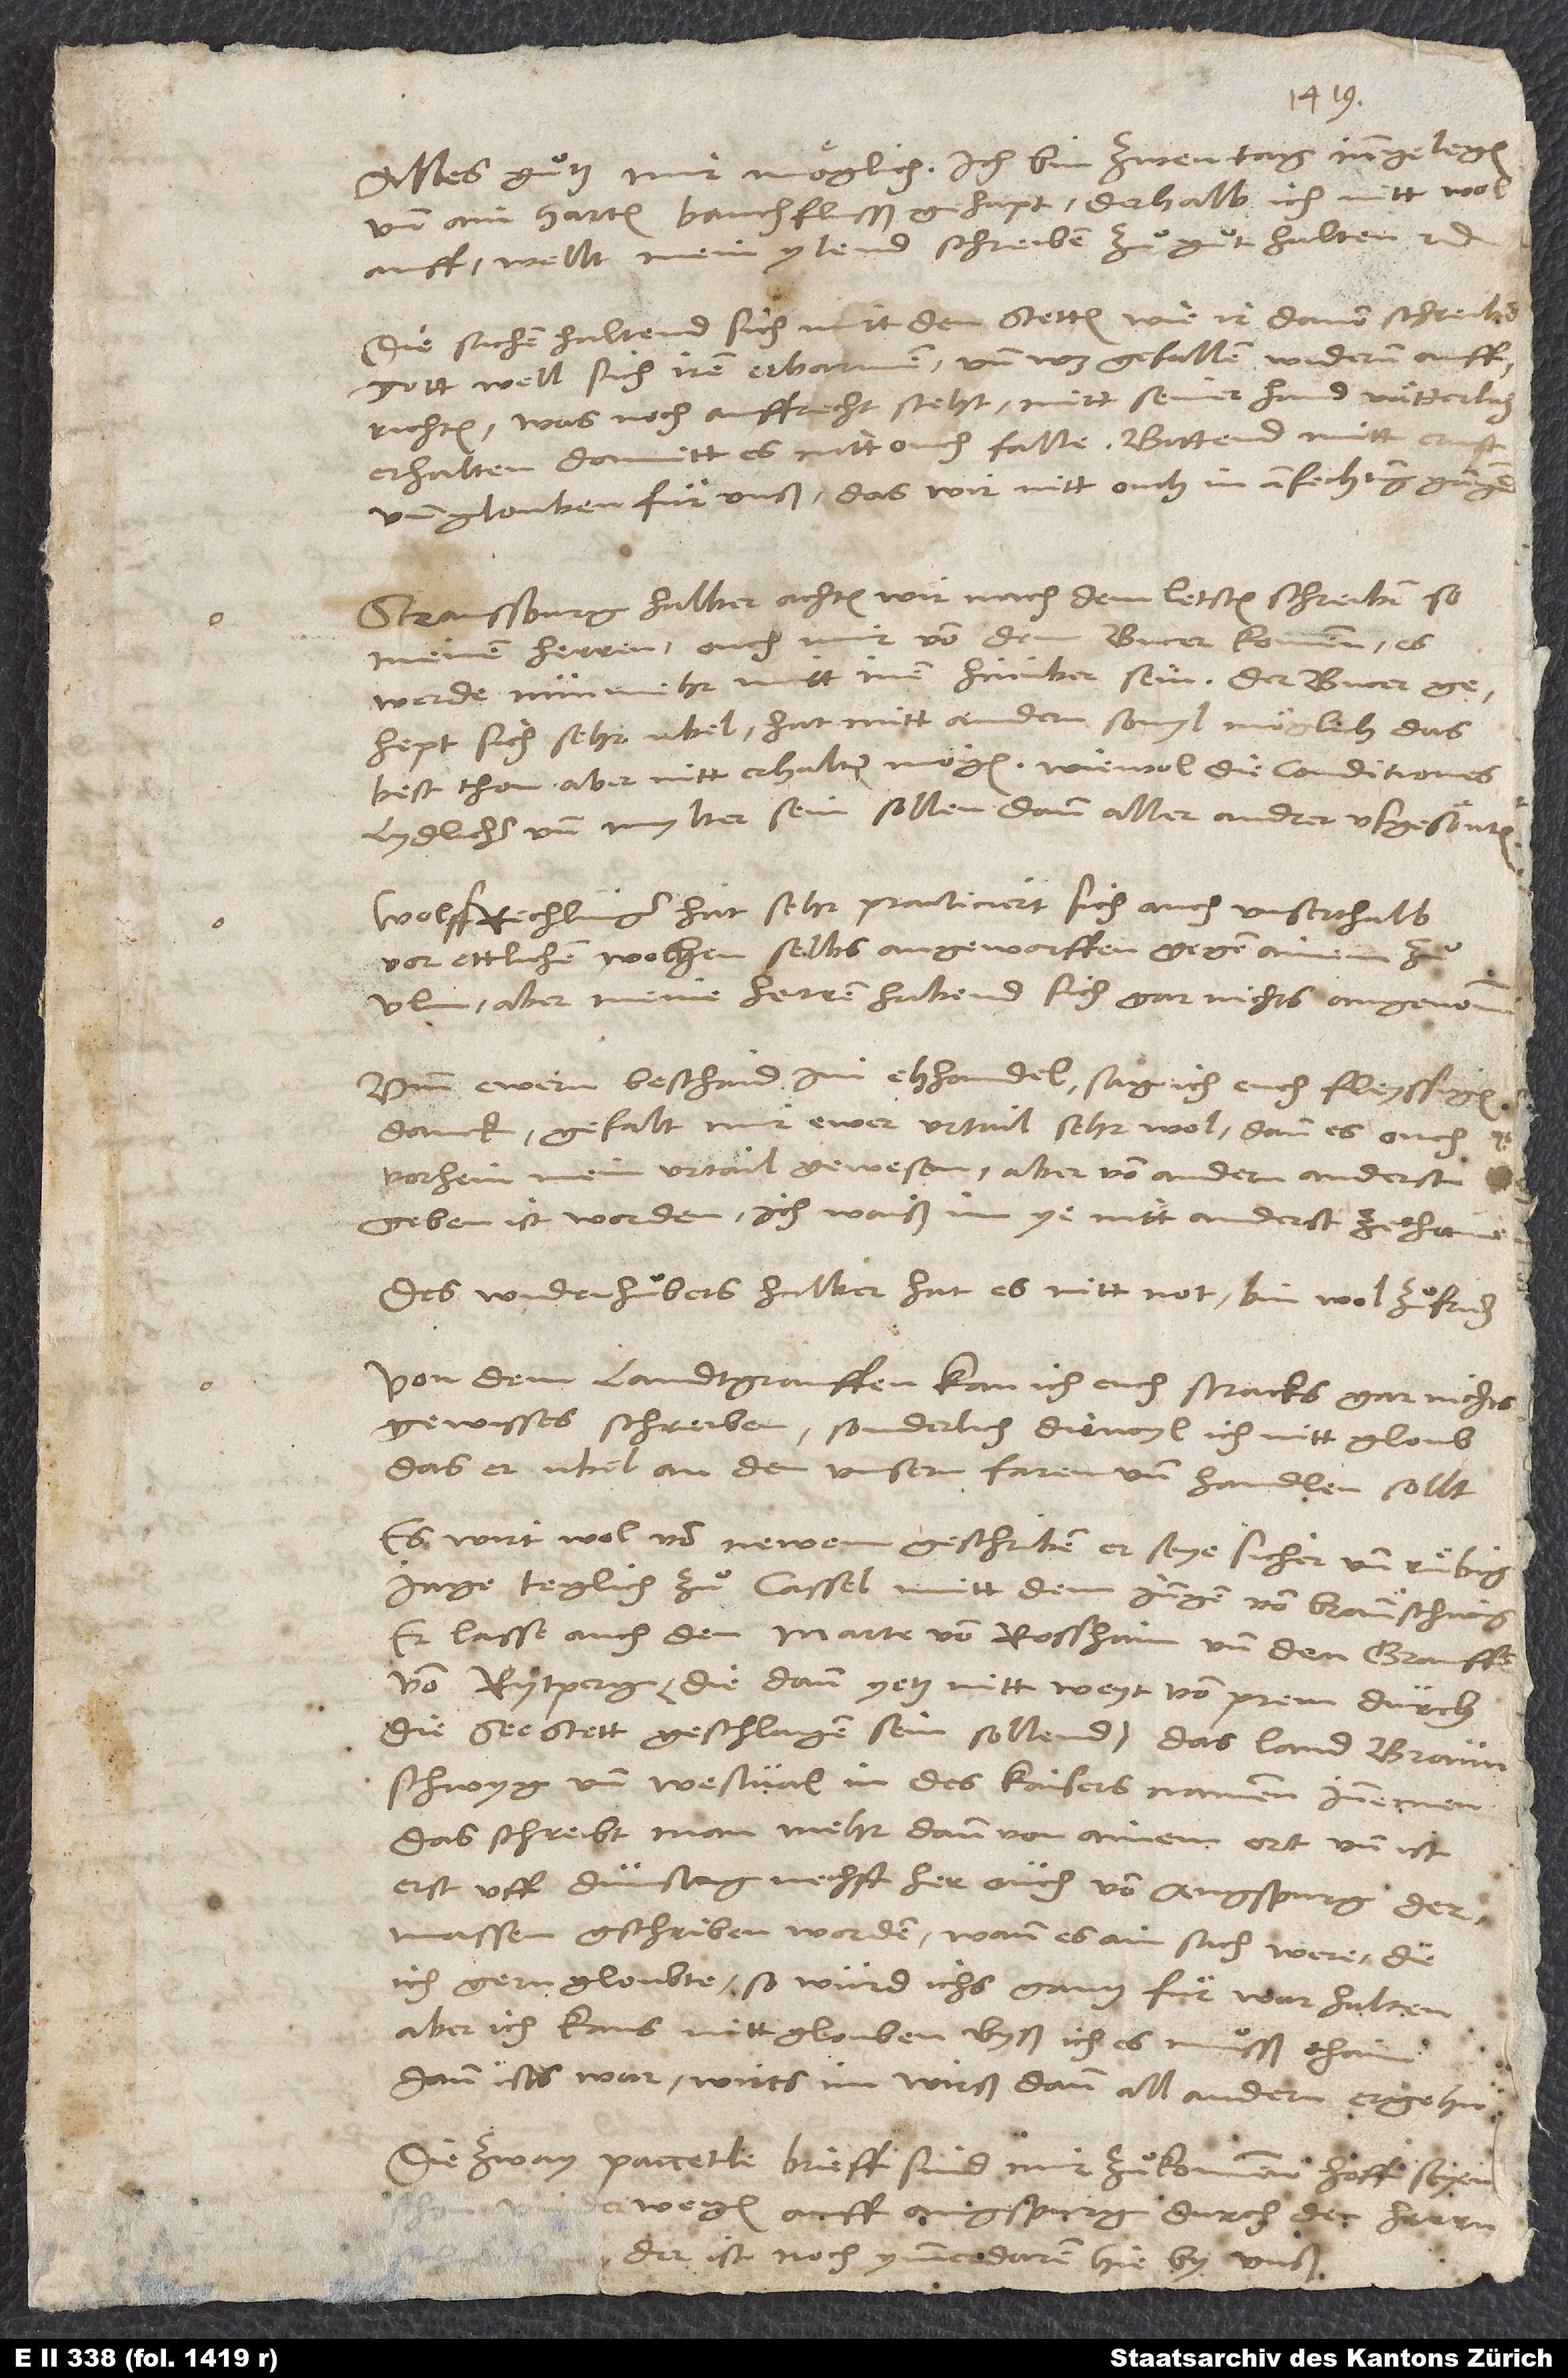
Alles guͦtz mir moͤglich. Ich bin zwen tag inngelegen
und ain harten bauchflusß gehapt, derhalb ich nitt wol
auff. Wellt mein ylend schreiben zuͦ guͦt haben, etc.
Die sachen haltend sich mitt den stetten, wie ir davon schreibend.
Gott well sich iren erbarmen und, was gefallen, widerum auffrichten,
was noch auffrecht steht, mitt seiner hand vaͤtterlich
erhalten, damitt es nitt ouch falle! Bittend mitt ernst
und glouben fuͤr unß, das wir nitt ouch in anfechtung gangind.
Straussburg halber achten wir nach dem letsten schreiben, so
meinen herren, ouch mir von dem Bucer kommen, es
werde nunmehr mitt inen hinüber sein. Der Bucer
gehept sich sehr ubel. Hat mitt andern, sovyl moͤglich, das
best thon, aber nitt erhalten mögen, wiewol die conditiones
lydlicher und mylter sein sollen dann aller andrer usgesoͤnten.
Wolf Rechlinger hat sehr practiciert, sich auch unserthalb
vor ettlichen wochen selbst angeworffen gegen ainem
Ulm, aber meine herren habend sich gar nichts angenommen.
Umb ewern beschaid im ehhandel sag ich euch fleyssigen
danck. Gefalt mir ewer urtail sehr wol, dann es ouch
vorhein mein urtail gewesen, aber von andern anderst
geben ist worden. Ich waiß im ye nitt anderst ze thain.
Des Widenhuͦbers halber hat es nitt not. Bin wol zuͦ friden.
Von dem landtgrauffen kan ich euch stracks gar nichts
gewisses schreiben, sonderlich diewyl ich nitt gloub,
das er ubel an den unsern faren und handlen sollt.
Es wirt wol von newem geschriben, er seye sicher und ruͤbig,
jage teglich zuͦ Cassel mitt dem jungen von Braunschwig.
Er lasse auch den Marte von Rosshaim und den grauffen
von Rytberg, die dann yetz nitt weyt von Prem durch
die Seestett geschlagen sein sollend, das land Braunschwyg
und Westval in des kaisers nammen innemen.
Das schreibt man mehr dann von ainem ort. Und ist
erst uff dunstag nechst her ouch von Augspurg
dermassen geschriben worden. Wann es ain sach werd, die
ich gern gloubte, so wurd ichs gantz fuͤr war halten,
aber ich kans nitt glouben, byß ich es muͦsß thain.
Dann ists war, wirts im wirß dann all andern ergohn!
Die zway paccetle brieff sind mir zuͦkommen. Hoff, seyen
underwegen auff Augspurg durch den herrn
Der ist noch ymmerdaren hie by unß.